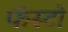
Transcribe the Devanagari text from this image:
फॅस्टो